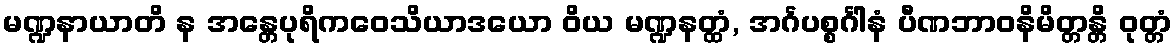
မဏ္ဍနာယာတိ န အန္တေပုရိကဝေသိယာဒယော ဝိယ မဏ္ဍနတ္ထံ, အင်္ဂပစ္စင်္ဂါနံ ပီဏဘာဝနိမိတ္တန္တိ ဝုတ္တံ